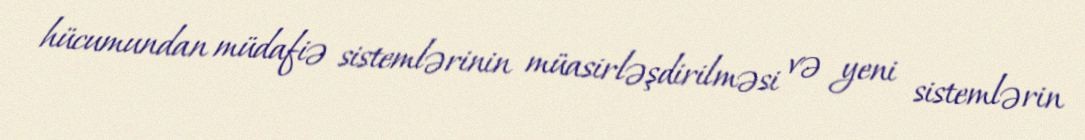
hücumundan müdafiə sistemlərinin müasirləşdirilməsi və yeni sistemlərin